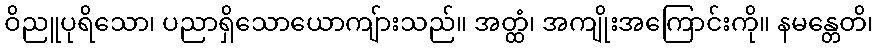
ဝိညူပုရိသော၊ ပညာရှိသောယောကျ်ားသည်။ အတ္ထံ၊ အကျိုးအကြောင်းကို။ နမန္တေတိ၊